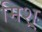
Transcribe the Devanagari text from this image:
मिश्र्